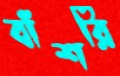
বাঁশরি